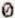
0